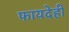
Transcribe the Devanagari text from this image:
फायदेही